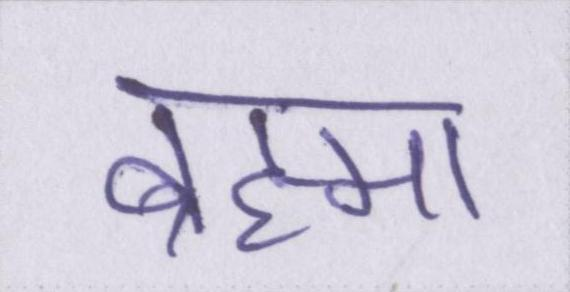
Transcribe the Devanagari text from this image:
ब्रह्मा